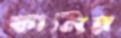
কানির